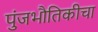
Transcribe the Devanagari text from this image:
पुंजभौतिकीचा